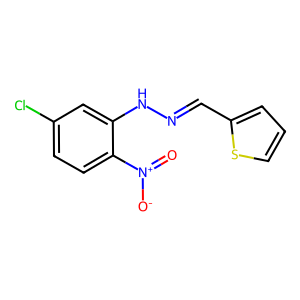
SMILES: O=[N+]([O-])c1ccc(Cl)cc1NN=Cc1cccs1
Inhibits HIV replication: No